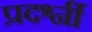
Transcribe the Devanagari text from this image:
प्रदर्श्नी